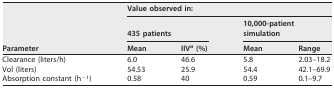
| <ROWSPAN=3> Parameter | <COLSPAN=4> Value observed in: |
 | <COLSPAN=2> 435 patients | <COLSPAN=2> 10,000-patient simulation |
 | Mean | IIVa (%) | Mean | Range |
 | --- | --- | --- | --- | --- |
 | Clearance (liters/h) | 6.0 | 46.6 | 5.8 | 2.03–18.2 |
 | Vol (liters) | 54.53 | 25.9 | 54.4 | 42.1–69.9 |
 | Absorption constant (h−1) | 0.58 | 40 | 0.59 | 0.1–9.7 |